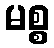
မစ္စ